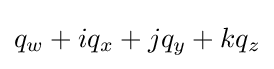
q_{w}+iq_{x}+jq_{y}+kq_{z}